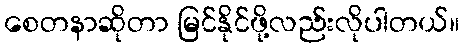
စေတနာဆိုတာ မြင်နိုင်ဖို့လည်းလိုပါတယ်။